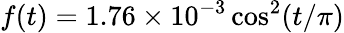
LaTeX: f(t)=1.76\times 10^{-3}\cos^{2}(t/\pi)